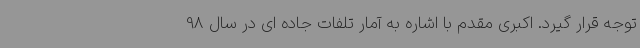
توجه قرار گیرد. اکبری مقدم با اشاره به آمار تلفات جاده ای در سال 98